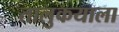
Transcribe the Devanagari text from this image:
तालुकयाला